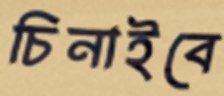
চিনাইবে